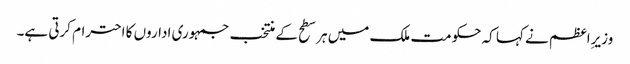
وزیرِاعظم نے کہا کہ حکومت ملک میں ہر سطح کے منتخب جمہوری اداروں کا احترام کرتی ہے۔